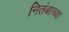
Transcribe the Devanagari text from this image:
नितंबाच्या